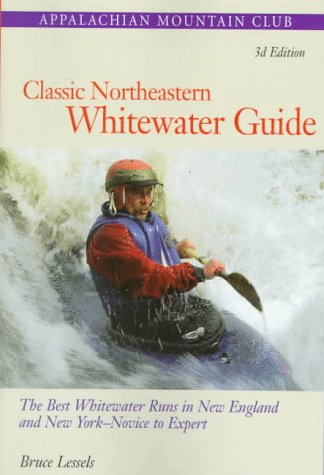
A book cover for Classic Northeastern Whitewater Guide, 3rd: The Best Whitewater Runs in New England and New York--Novice to Expert; Bruce Lessels; Travel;